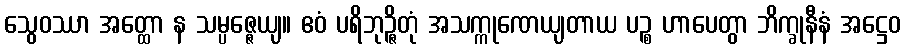
သွေဝဿာ အတ္ထော န သမ္ပဇ္ဇေယျ။ ဧဝံ ပရိဘုဉ္ဇိတုံ အသက္ကုဏေယျတာယ ပဉ္စ ဟာပေတွာ ဘိက္ခုနီနံ အဋ္ဌေဝ